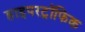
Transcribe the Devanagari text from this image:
हाइपरट्रॉफिक